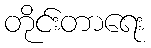
တိုင်းတာရေး